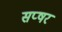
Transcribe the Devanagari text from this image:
सप्षर